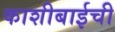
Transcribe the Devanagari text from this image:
काशीबाईची